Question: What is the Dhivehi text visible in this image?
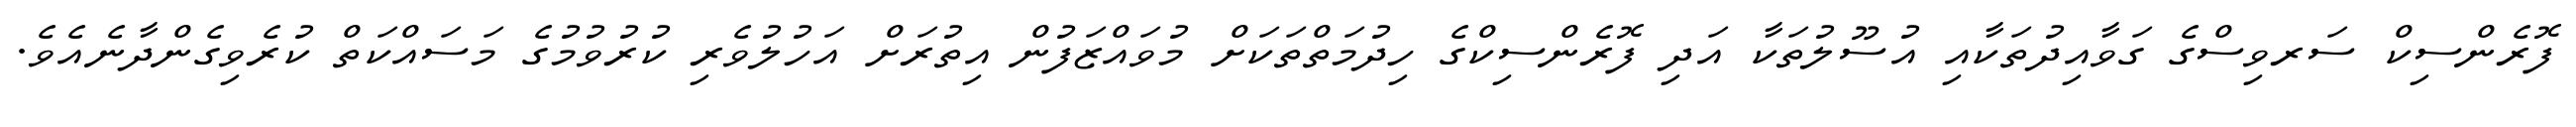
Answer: ފޮރެންސިކް ސަރވިސްގެ ގަވާއިދުތަކާއި އުސޫލުތަކާ އަދި ފޮރެންސިކްގެ ހިދުމަތްތަކަށް މުވައްޒަފުން އިތުރަށް އަހުލުވެރި ކުރުވުމުގެ މަސައްކަތް ކުރެވިގެންދާނެއެވެ.